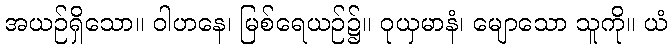
အယဉ်ရှိသော။ ဝါဟနေ၊ မြစ်ရေယဉ်၌။ ဝုယှမာနံ၊ မျောသော သူကို။ ယံ